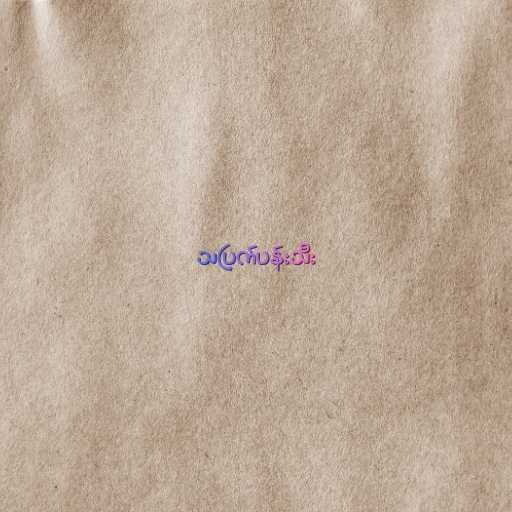
သပြက်ပန်းသီး